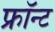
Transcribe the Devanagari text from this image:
फ्रॉन्ट